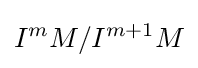
I^{m}M/I^{m+1}M